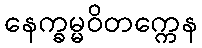
နေက္ခမ္မဝိတက္ကေန